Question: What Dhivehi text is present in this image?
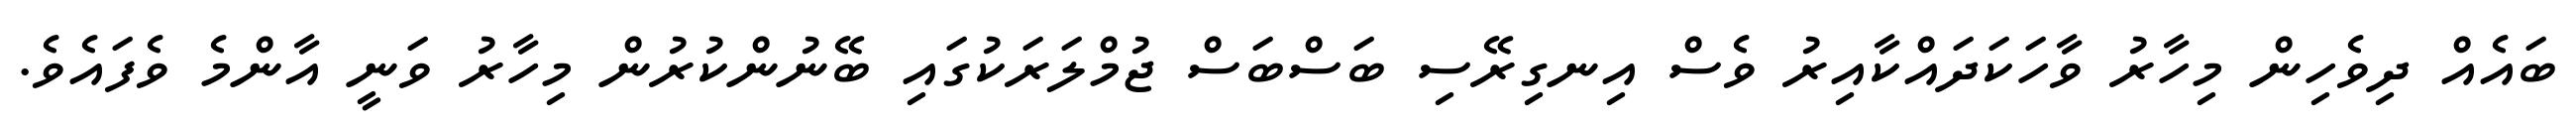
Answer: ބައެއް ދިވެހިން މިހާރު ވާހަކަދައްކާއިރު ވެސް އިނގިރޭސި ބަސްބަސް ޖުމްލަރަކުގައި ބޭނުންކުރުން މިހާރު ވަނީ އާންމެ ވެފައެވެ.